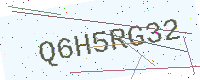
Text: Q6H5RG32